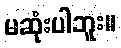
မဆုံးပါဘူး။